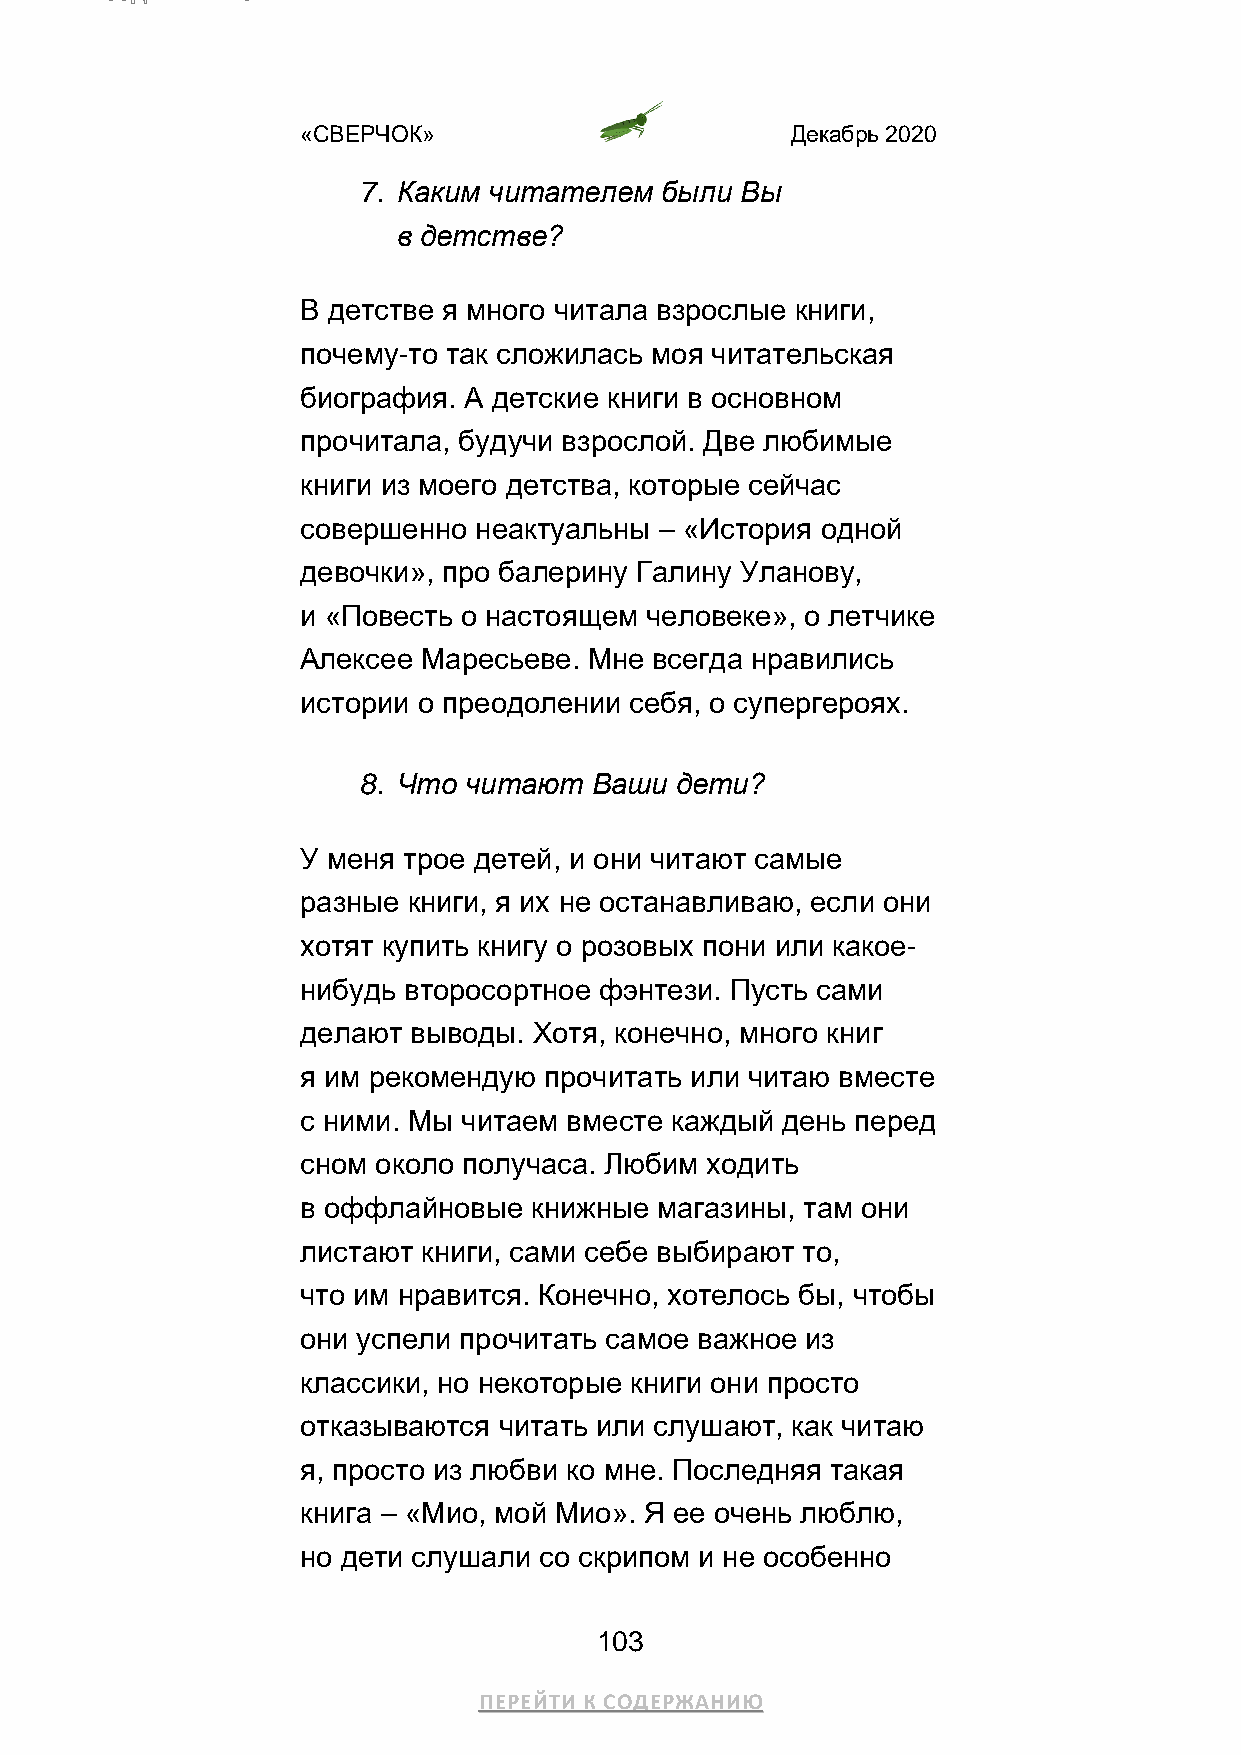
«СВЕРЧОК»                       Декабрь 2020
 7. Каким читателем  были Вы
 в детстве?
 В детстве я много читала взрослые книги,
 почему-то так сложилась моя читательская
 биография. А детские книги в основном
 прочитала, будучи взрослой. Две любимые
 книги из моего детства, которые сейчас
 совершенно неактуальны  – «История одной
 девочки», про балерину Галину Уланову,
 и «Повесть о настоящем человеке», о летчике
 Алексее Маресьеве. Мне всегда нравились
 истории о преодолении себя, о супергероях.
 8. Что читают  Ваши  дети?
 У меня трое детей, и они читают самые
 разные книги, я их не останавливаю, если они
 хотят купить книгу о розовых пони или какое-
 нибудь второсортное фэнтези. Пусть сами
 делают выводы. Хотя, конечно, много книг
 я им рекомендую прочитать или читаю вместе
 с ними. Мы читаем вместе каждый день перед
 сном около получаса. Любим ходить
 в оффлайновые  книжные магазины, там они
 листают книги, сами себе выбирают то,
 что им нравится. Конечно, хотелось бы, чтобы
 они успели прочитать самое важное из
 классики, но некоторые книги они просто
 отказываются читать или слушают, как читаю
 я, просто из любви ко мне. Последняя такая
 книга – «Мио, мой Мио». Я ее очень люблю,
 но дети слушали со скрипом и не особенно
 103
 ПЕРЕЙТИ К СОДЕРЖАНИЮ